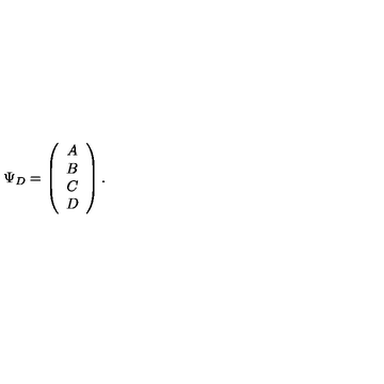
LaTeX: \Psi _ { D } = \left( \begin{array} { c } { A } \\ { B } \\ { C } \\ { D } \\ \end{array} \right) .